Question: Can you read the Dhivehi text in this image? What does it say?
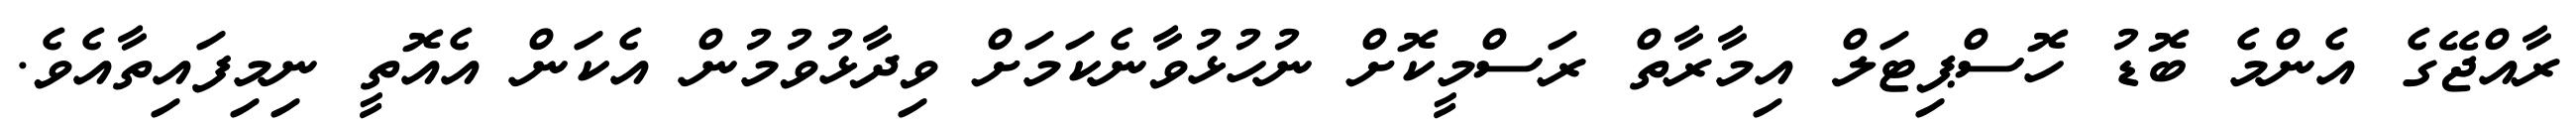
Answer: ރާއްޖޭގެ އެންމެ ބޮޑު ހޮސްޕިޓަލް އިމާރާތް ރަސްމީކޮށް ނުހުޅުވާނެކަމަށް ވިދާޅުވުމުން އެކަން އެއޮތީ ނިމިފައިތާއެވެ.